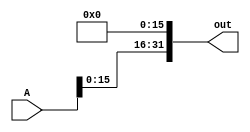
module sll16(out, A);
    input [31:0] A;
    output [31:0] out; 

    assign out[31:16] = A[15:0];
    assign out[15:0] = 0;

endmodule